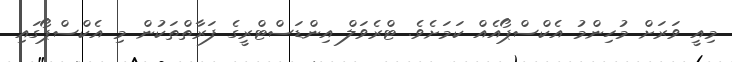
މިއީ ވަރަށް މުހިންމު އެކްސްޕޯއެއް ކަމަށެވެ. ޓްރެވަލް އިންޑަސްޓްރީގެ ފަރާތްތަކުން މި އެކްސްޕޯގައި